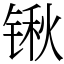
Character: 锹